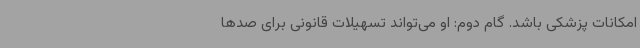
امکانات پزشکی باشد. گام دوم: او می‌تواند تسهیلات قانونی برای صدها